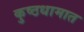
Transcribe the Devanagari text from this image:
कुष्ठधामात